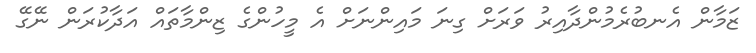
ޒަމާން އެނބުރެމުންދާއިރު ވަރަށް ގިނަ މައިންނަށް އެ މީހުންގެ ޒިންމާތައް އަދާކުރަން ނޭގޭ